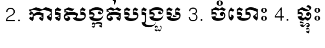
2. ការសង្កត់បង្រួម 3. ចំហេះ 4. ផ្ទុះ